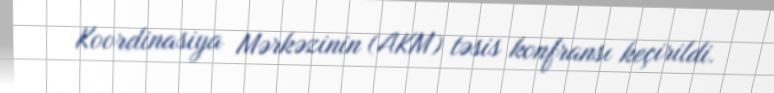
Koordinasiya Mərkəzinin (AKM) təsis konfransı keçirildi.